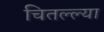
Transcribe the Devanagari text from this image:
चितल्ल्या